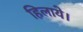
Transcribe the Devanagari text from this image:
हिलाये।